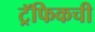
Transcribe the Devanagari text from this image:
ट्रॅफिकची